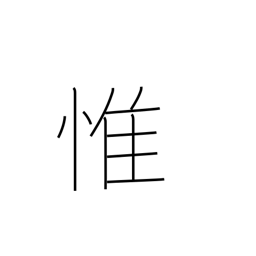
Meaning: consider